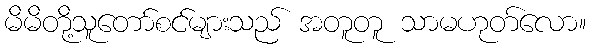
မိမိတို့သူတော်စင်များသည် အတူတူ သာမဟုတ်လော။